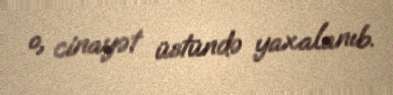
o, cinayət üstündə yaxalanıb.